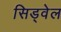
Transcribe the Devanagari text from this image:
सिड्वेल